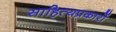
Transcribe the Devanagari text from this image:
साहित्यप्रकारों